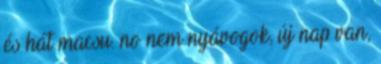
és hát macsu. no nem nyávogok, új nap van,